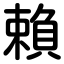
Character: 賴